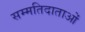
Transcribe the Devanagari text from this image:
सम्मतिदाताओं